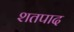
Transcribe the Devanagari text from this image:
शतपाद